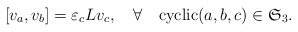
\begin{align*} [v_a,v_b] = \varepsilon_c Lv_c,\quad\forall\quad\mbox{cyclic}(a,b,c)\in \mathfrak{S}_3.\end{align*}